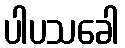
ပါပသခေါ